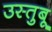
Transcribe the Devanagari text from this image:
उस्तुबू